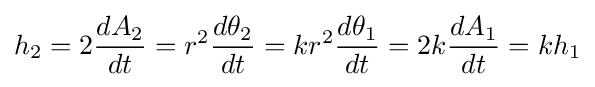
h_{2}=2{\frac {dA_{2}}{dt}}=r^{2}{\frac {d\theta _{2}}{dt}}=kr^{2}{\frac {d\theta _{1}}{dt}}=2k{\frac {dA_{1}}{dt}}=kh_{1}